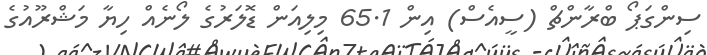
ސިންގަޕޯ ބްރާންޗް (ސީއެސް) އިން 65.1 މިލިއަން ޑޮލަރުގެ ލޯނެއް ހިޔާ މަޝްރޫއުގެ